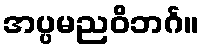
အပ္ပမညဝိဘင်္ဂ။